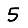
Digit: 5